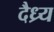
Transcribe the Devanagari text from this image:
दैध्र्य